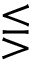
\lesseqgtr